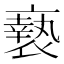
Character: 䙝